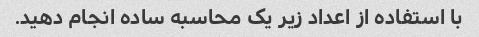
با استفاده از اعداد زیر یک محاسبه ساده انجام دهید.